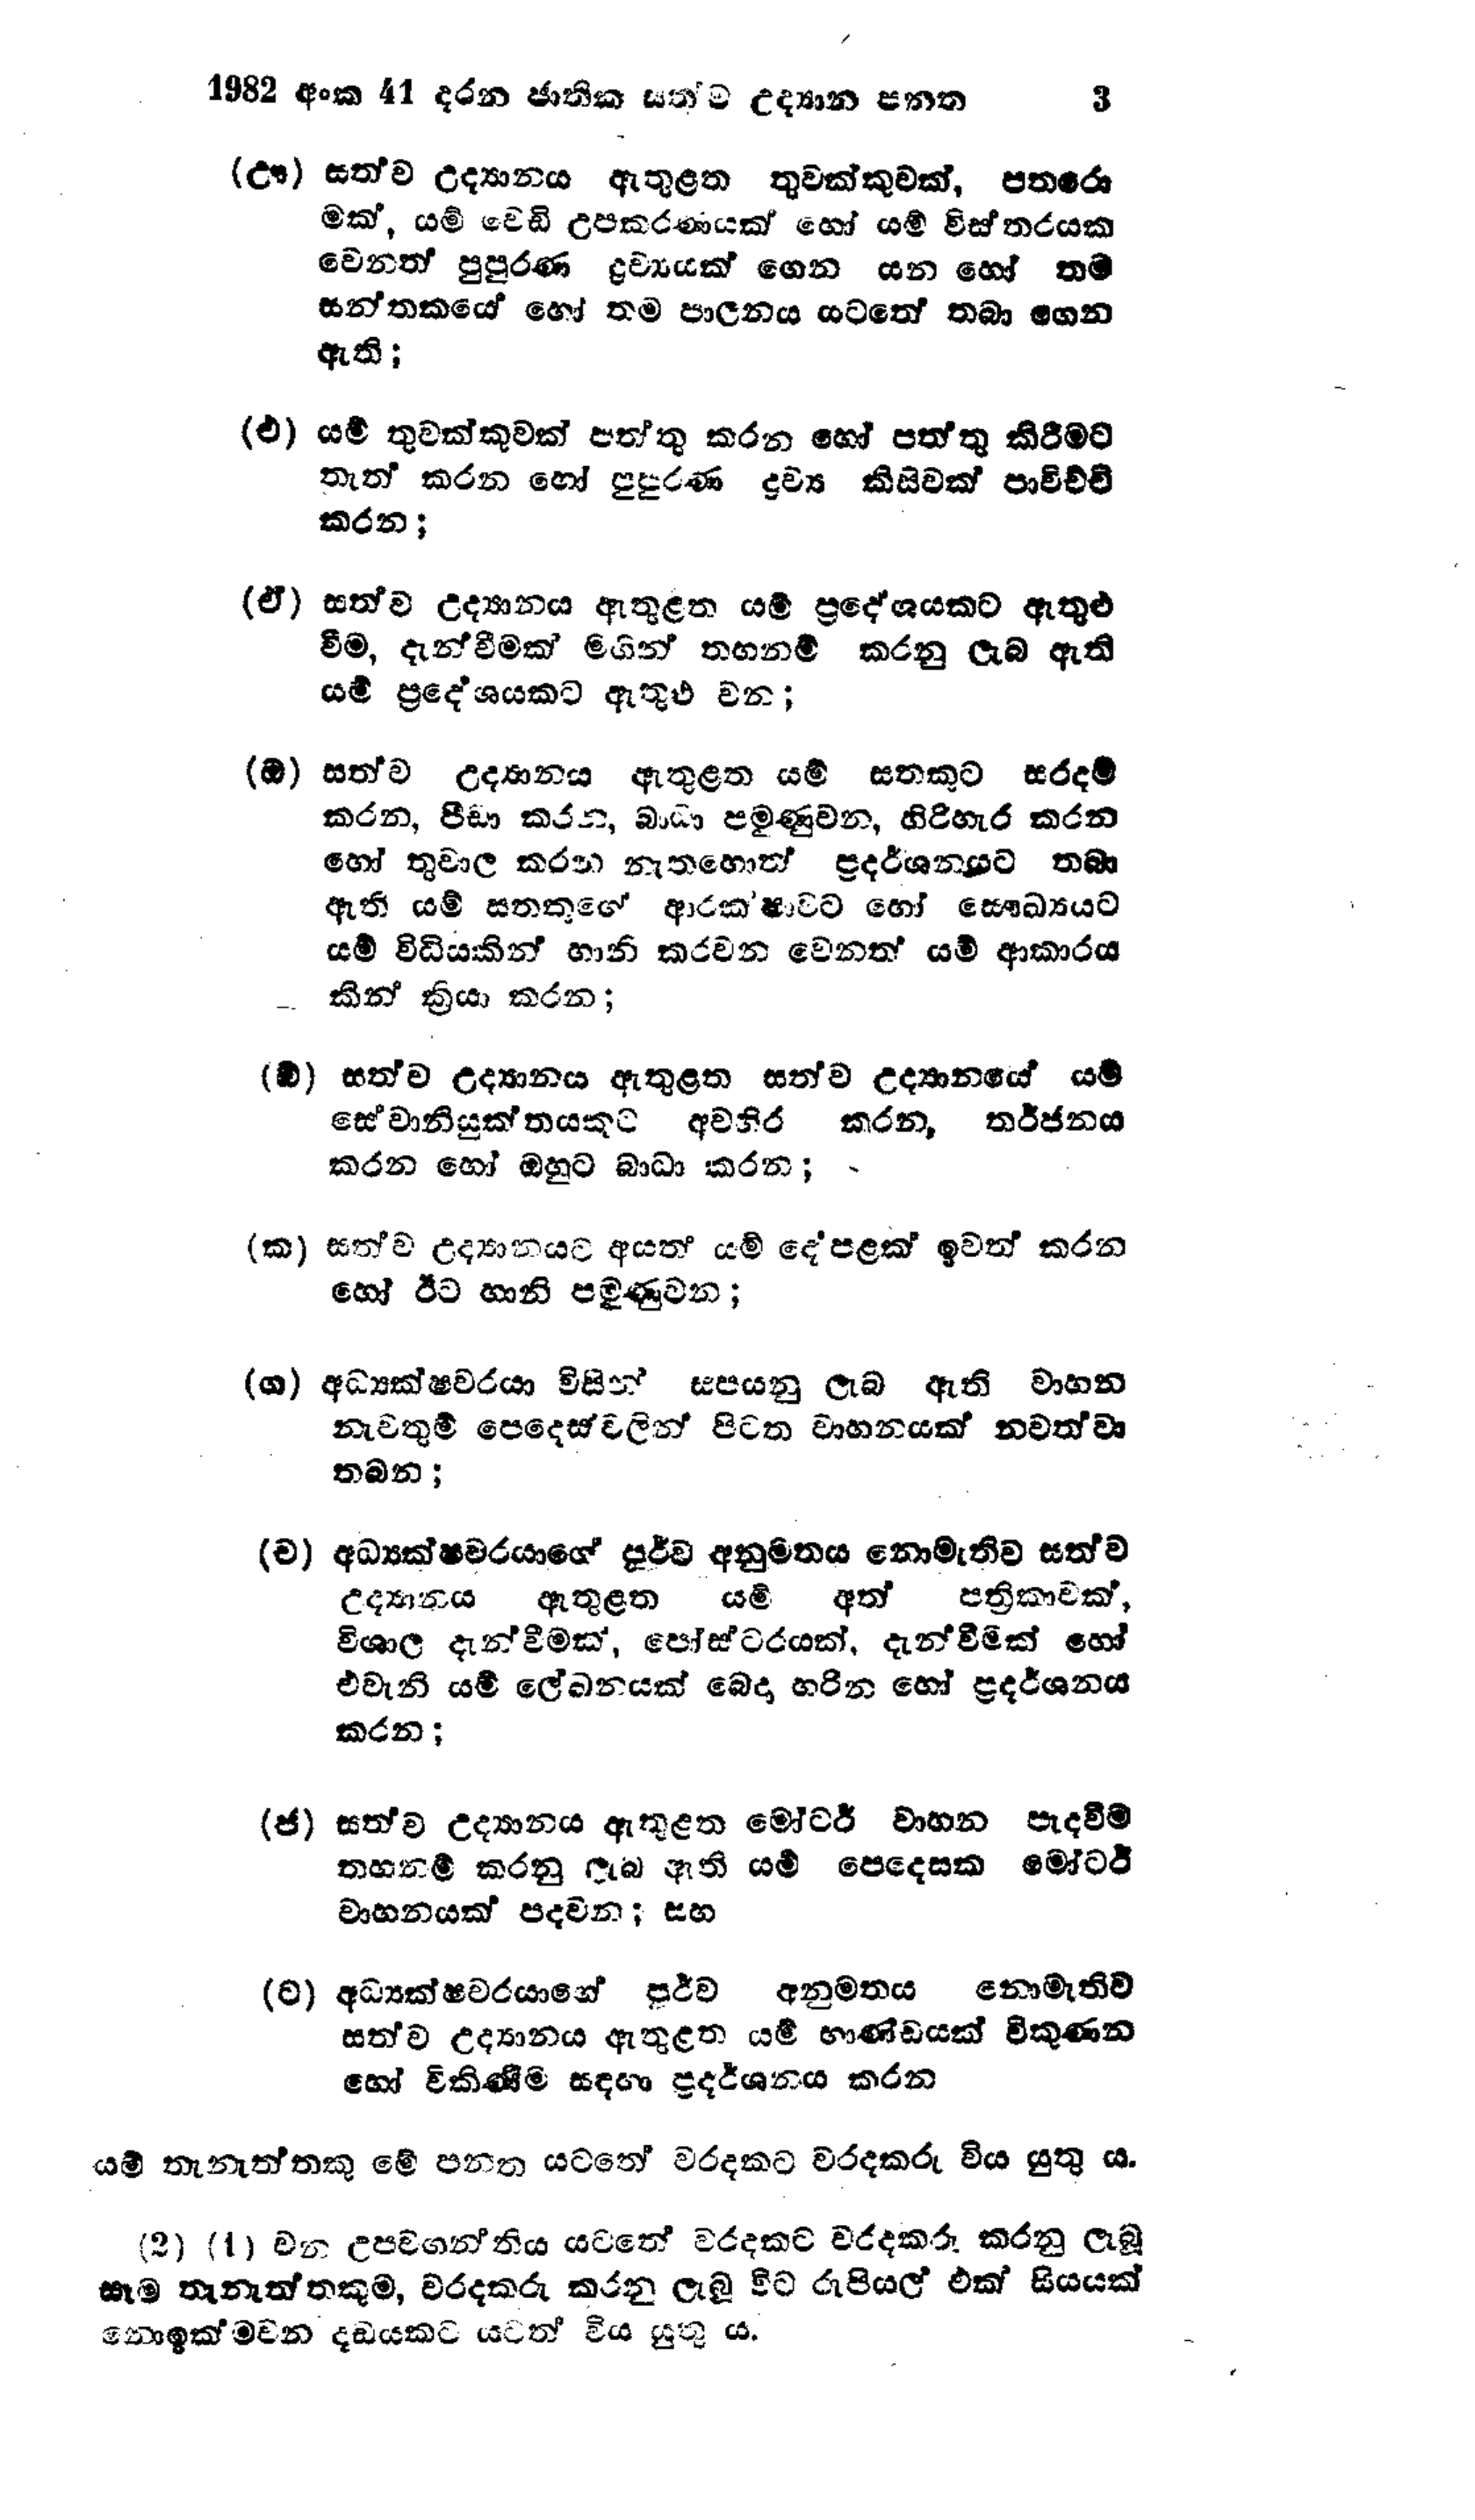
1982 අංක 41 දරන ජාතික සත්ව උද්‍යාන පනත 3

(ඌ) සත්ව උද්‍යානය ඇතුළත තුවක්කුවක්, පතරො
මක්, යම් වෙඩි උපකරණයක් හෝ යම් විස්තරයක
වෙනත් පුපුරණ ද්‍රව්‍යයක් ගෙන යන හෝ තම
සන්තකයේ හෝ තම පාලනය යටතේ තබා ගෙන
ඇති;

(එ) යම් තුවක්කුවක් පත්තු කරන හෝ පත්තු කිරීමට
තැත් කරන හෝ පුපුරණ ද්‍රව්‍ය කිසිවක් පාවිච්චි
කරන ;

(ඒ) සත්ව උද්‍යානය ඇතුළත යම් ප්‍රදේශයකට ඇතුළු
වීම, දැන්වීමක් මගින් තහනම් කරනු ලැබ ඇති
යම් ප්‍රදේශයකට ඇතුළු වන;

(ඔ) සත්ව උද්‍යානය ඇතුළත යම් සතකුට සරදම්
කරන, පීඩා කරන, බාධා පමුණුවන, හිරිහැර කරන
හෝ තුවාල කරන නැතහොත් ප්‍රදර්ශනයට තබා
ඇති යම් සතකුගේ ආරක්ෂාවට හෝ සෞඛ්‍යයට
යම් විධියකින් හානි කරවන වෙනත් යම් ආකාරය
කින් ක්‍රියා කරන;

(ඕ) සත්ව උද්‍යානය ඇතුළත සත්ව උද්‍යානයේ යම්
සේවානියුක්තයකුට අවහිර කරන, තර්ජනය
කරන හෝ ඔහුට බාධා කරන;

(ක) සත්ව උද්‍යානයට අයත් යම් දේපළක් ඉවත් කරන
හෝ ඊට හානි පමුණුවන;

(ග) අධ්‍යක්ෂවරයා විසින් සපයනු ලැබ ඇති වාහන
නැවතුම් පෙදෙස්වලින් පිටත වාහනයක් නවත්වා
තබන;

(ච) අධ්‍යක්ෂවරයාගේ පූර්ව අනුමතය නොමැතිව සත්ව
උද්‍යානය ඇතුළත යම් අත් පත්‍රිකාවක්,
විශාල දැන්වීමක්, පෝස්ටරයක්, දැන්වීමක් හෝ
එවැනි යම් ලේඛනයක් බෙදා හරින හෝ ප්‍රදර්ශනය
කරන;

(ජ) සත්ව උද්‍යානය ඇතුළත මෝටර් වාහන පැදවීම
තහනම් කරනු ලැබ ඇති යම් පෙදෙසක මෝටර්
වාහනයක් පදවන; සහ

(ට) අධ්‍යක්ෂවරයාගේ පූර්ව අනුමතය නොමැතිව
සත්ව උද්‍යානය ඇතුළත යම් භාණ්ඩයක් විකුණන
හෝ විකිණීම සඳහා ප්‍රදර්ශනය කරන

යම් තැනැත්තකු මේ පනත යටතේ වරදකට වරදකරු විය යුතු ය.

(2) (1) වන උපවගන්තිය යටතේ වරදකට වරදකරු කරනු ලැබූ
සෑම තැනැත්තකුම, වරදකරු කරනු ලැබූ විට රුපියල් එක් සියයක්
නොඉක්මවන දඩයකට යටත් විය යුතු ය.